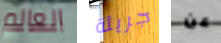
العالم جريئة عن